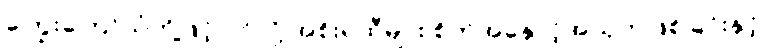
ကြွေးကြော်သံတို့ဖြင့် ဝင်လို့ အစိုးရထီများ စိတ်အနှောင့်အယှက်ဖြစ်ခြင်းနှင့်